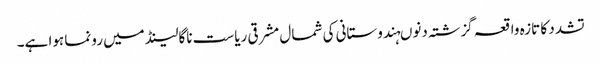
تشدد کا تازہ واقعہ گزشتہ دنوںہندوستانی کی شمال مشرقی ریاست ناگالینڈ میں رونما ہوا ہے۔